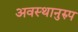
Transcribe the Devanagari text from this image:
अवस्थानुरुप